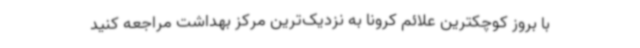
با بروز کوچکترین علائم کرونا به نزدیک‌ترین مرکز بهداشت مراجعه کنید